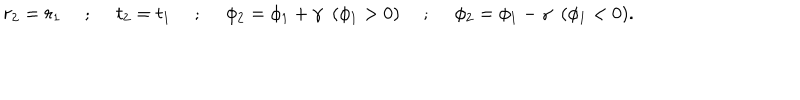
LaTeX: r _ { 2 } = r _ { 1 } ~ ~ ; ~ ~ t _ { 2 } = t _ { 1 } ~ ~ ; ~ ~ \phi _ { 2 } = \phi _ { 1 } + \gamma ~ ~ ( \phi _ { 1 } > 0 ) ~ ~ ; ~ ~ \phi _ { 2 } = \phi _ { 1 } - \gamma ~ ~ ( \phi _ { 1 } < 0 ) .